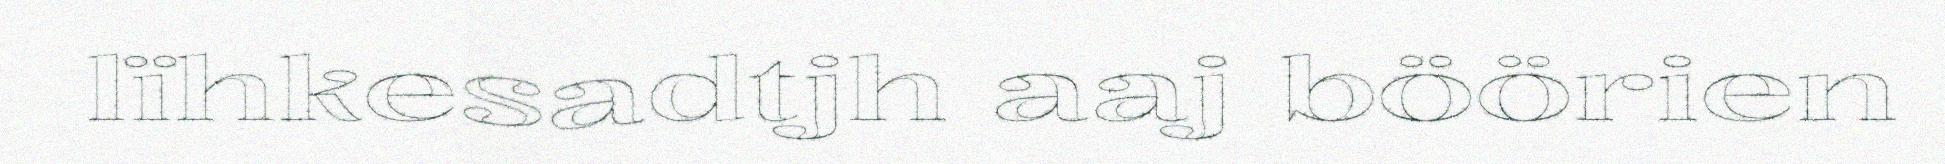
lïhkesadtjh aaj böörien